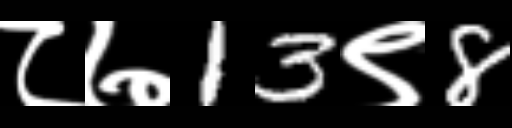
Text: ८७13९8